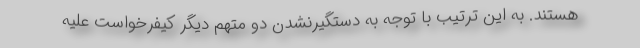
هستند. به این ترتیب با توجه به دستگیرنشدن دو متهم دیگر کیفرخواست علیه